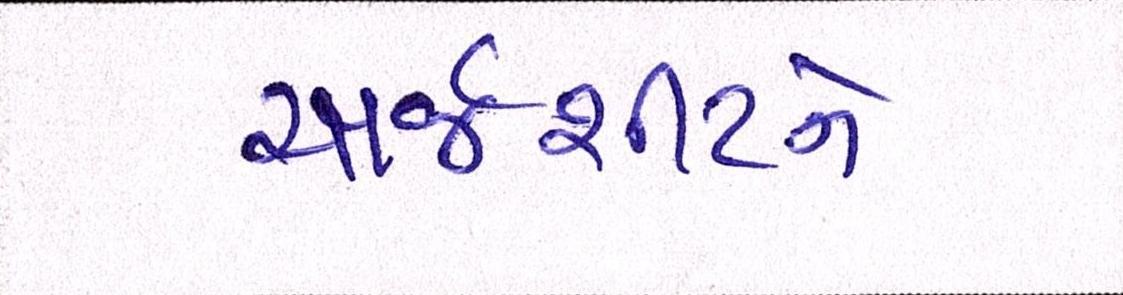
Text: ચાર્જશીટને